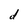
Character: d